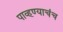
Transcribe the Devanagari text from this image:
पाव्हण्याचंच